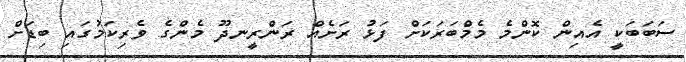
ސަބަބަކީ އެއިން ކޮންމެ މެމްބަރަކަށް ފަޅު ރަށެއް ރަންރީނދޫ މެންގެ ވެރިކަމުގައި ބިޑަށް